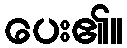
ပေး၏။